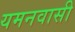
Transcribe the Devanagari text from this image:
यमनवासी